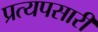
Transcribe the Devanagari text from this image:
प्रत्यपसारी